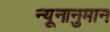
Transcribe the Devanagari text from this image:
न्यूनानुमान